Report of the Municipal Commissioner on the plague in Bombay for the year ending 31st May... - Volume 1
Disease focus: Plague
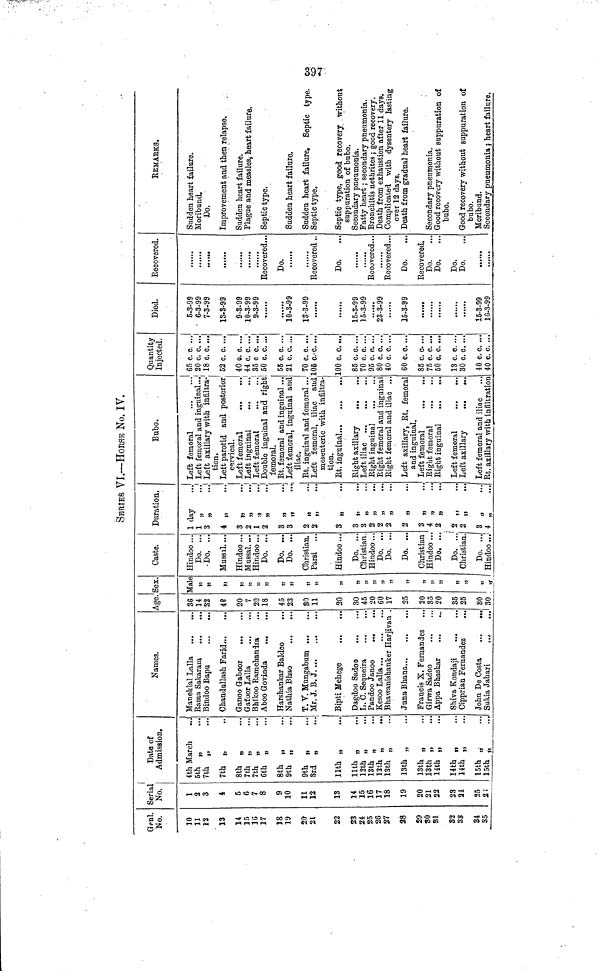
397
SERIES VI.—HOKSE No. IV.
Geni.
No.
10
11
12
13
14
15
16
17
18
19
2»
2l
22
23
24
25
26
27
28
29
80
31
82
33
31
35
I
Serial
No.
ι
1
2
3
4
5
6
7
8
9
10
11
12
13
14
15
16
17
18
19
20
21
22
23
24
25
2!
Date of
Admission,
4th March
..J
5th „
7th „
7th „
8th
,,
""**
|)
7th ,
7th ,
Cth ,
8th ,
9th ,
9th „
3rd „
llth „
llth „
12th „
13th „
12th „
13th „
13th „
13th „
13th „
14th „ ti
14th „
14th „
15th „
15th „
Names.
Maneklal Lalla
Rama Sakaram
...
...
Bindoo Bapu
Chandnllash Farid,
Ganoo Gaboor
...
...
Gafoor Lalla
Bhikoo Ramchanira
Aboo Govinda
...
Harshankar Baldeo
Nathia Bhao
...
T. V. Müngabum
Mr. J. B. J.
Bipti Mehege
Dagdoo Sadoo
L. C. Sequeira
Pandoo Janoo
...
Kesoo Lalla
Bhawanishanker Harjivan
Juna-Bhana
Francis X. Fernandes
Girwa Sadoo
Appa Bhaskar
Shiva Kondaji
Cipprian Fernandez
John De Costa
A-ge.
36
14
32
40
20
7
20
18
45
23
80
11
20
30
45
20
60
17
25
20
35
20
35
25
SO
Sukia Jahari
..,
...1 30
Sex.
Male
1)
»
»
)7
»
5)
JJ
))
»
»>
j)
)>
7}
7>
17
7?
»
JJ
L. "'.
Caste.
Hindoo ...
Do. ...
Do. ...
Mussal. ...
Hindoo ...
Mussal. ...
Hindoo...
Do. ...
Do. ...
Do. ...
Christian.
Parsi
Hindoo ...
Do. ..
Christian
Hindoo..
Do. ..
Do. ..
Do. ..
Christian
Hindoo ..
Do. ...
Do. ...
Christian.
Do. ...
Hindoo ...
Duration.
1
1
3
é
3
2
1
2
3
3
2
2
3
3
3
2
2
2
2
3
4
2
''2
2
3
4
day
..J
Bubo.
Left femoral
Left femoral and inguinal...
Left axillary with infiltra-
tion.
Leit parotid and posterior
cervical.
Left femoral
«·«
«··
Left inguinal
Quantity
Injected.
65 c. c. ...
20 c. c, ...
18 c. c. ...
52 c. c. ...
40 ft. c. ...
44 c. c. ...
Left femoral
35 c c. ...
femoral.
Rt. femoral and inguinal ...
Rt. inguinal and femoral ...
55 c. c. ...
21 c. c. ...
70 c. c. ...
Left femoral, iliac and 105 c.-c. ...
mesenteric with infiltra-
tion.
Rt. inguinal
Right axillary
...
Left iliac ...
Right inguinal
Right femoral and inguinal
Right femoral and iliac .,.
Left axillary, Rt. femoral
and inguinal.
Left femoral
Right femoral
Right inguinal
Left femoral
Left axillary
...
·..
Left femoral and iliac
Rt, axillary with infiltration
100 c. c. ...
85 c.c. ...
70 c. c. ...
95 c. o. ...
80 c. c. ...
40 c. c. ...
60 c. c. ...
85 c. c. ...
75 c. c. ...
60 c. c. ...
13 c. c. ...
30 c.c. ...
40 c.c. ...
40 c. c. ...
Died.
5-3-99
6-3-99
7-3-99
13-3-99
9-3-99
10-3-99
9-3-99
,...,.
10-3-99
13-3-99
......
15-3-99
1 5-3-99
28-sl99
15-3-99
,
......
......
15-3-99
16-3-99
Recovered.
.'....
......
......
Recovered...
Do.
Recovered ..
Do.
Recovered...
Recovered...
Do.
Recovered.
Do.
Do.
Do.
Do.
......
REMARKS.
Sudden heart failure.
Moribund.
Do.
Improvement and then relapse.
Sudden heart failure.
Plague and measles, heart failure.
Septic type.
Sudden heart failure.
Sudden heart failure. Septic type.
Septic type.
Septic type, good recovery without
suppuration of bubo.
Secondary pneumonia.
Fatty heart ; secondary pneumonia.
Bronchitis nethrites ; good recovery.
Death from exhaustion after 11 days.
Complicated with dysentery lasting
over 12 days.
Death from gradual heart failure.
Secondary pneumonia.
Good recovery without suppuration of
bubo.
Good recovery without suppuration of
bubo.
Moribund.
Secondary pneumonia ; heart failure.